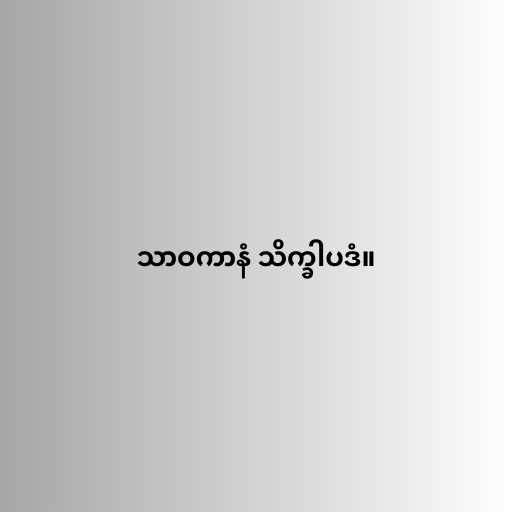
သာဝကာနံ သိက္ခါပဒံ။